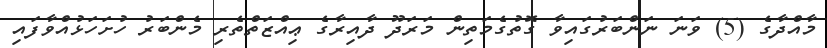
މާއްދާގެ (5) ވަނަ ނަންބަރުގައިވާ ގޮތުގެމަތިން މަރަދޫ ދާއިރާގެ ޢިއްޒަތްތެރި މެންބަރު ހުށަހަޅުއްވާފައި